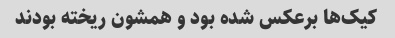
کیک‌ها برعکس شده بود و همشون ریخته بودند